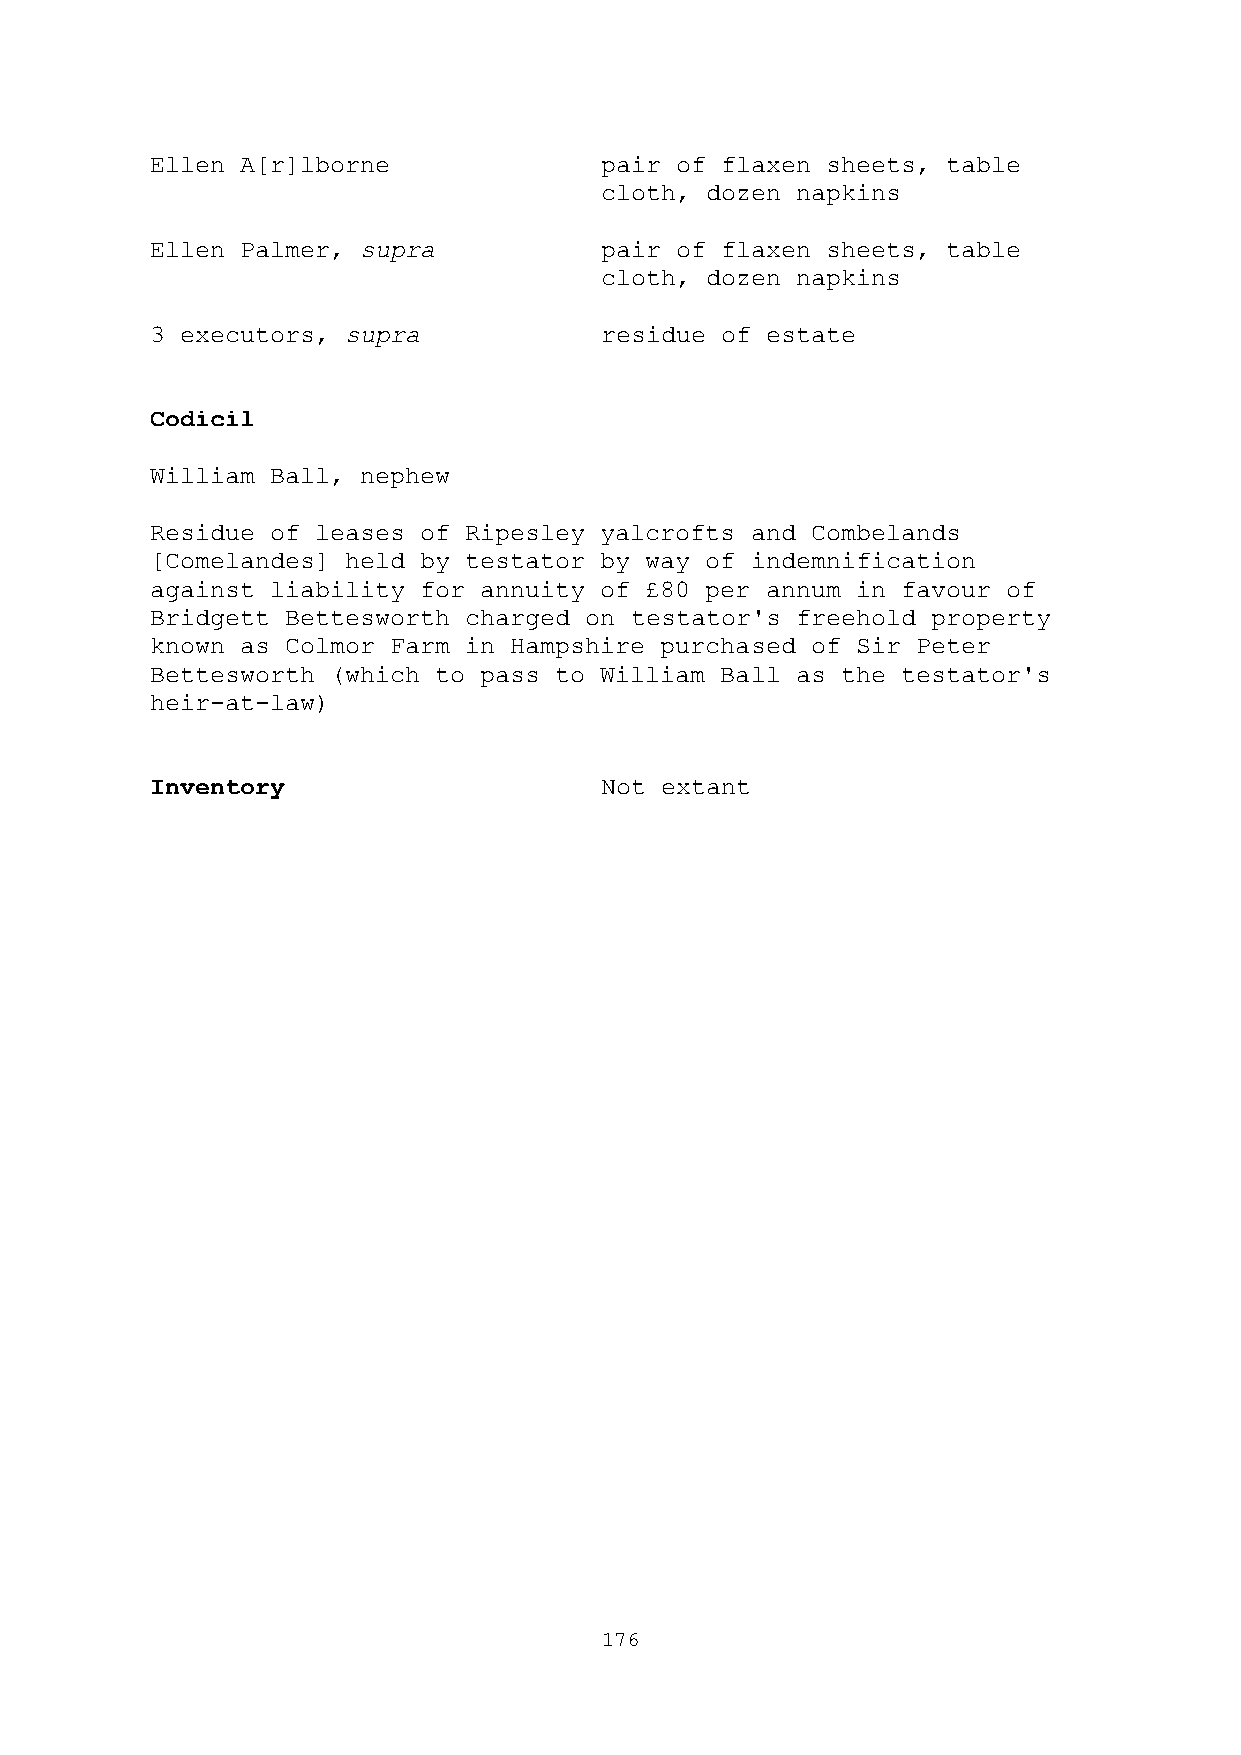
Ellen A[r]lborne              pair of flaxen sheets, table
 cloth, dozen napkins
 Ellen Palmer, supra           pair of flaxen sheets, table
 cloth, dozen napkins
 3 executors, supra            residue of estate
 Codicil
 William Ball, nephew
 Residue of leases of Ripesley yalcrofts and Combelands
 [Comelandes] held by testator by way of indemnification
 against liability for annuity of £80 per annum in favour of
 Bridgett Bettesworth charged on testator's freehold property
 known as Colmor Farm in Hampshire purchased of Sir Peter
 Bettesworth (which to pass to William Ball as the testator's
 heir-at-law)
 Inventory                     Not extant
 176